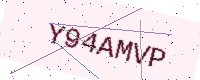
Text: Y94AMVP